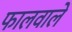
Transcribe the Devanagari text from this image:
फालवाले